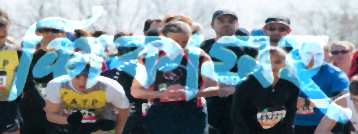
শিকাসহ